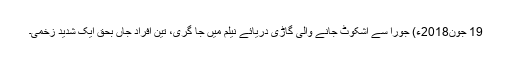
19 جون2018ء) جورا سے اشکوٹ جانے والی گاڑی دریائے نیلم میں جا گری، تین افراد جاں بحق ایک شدید زخمی۔